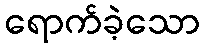
ရောက်ခဲ့သော